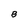
Character: B